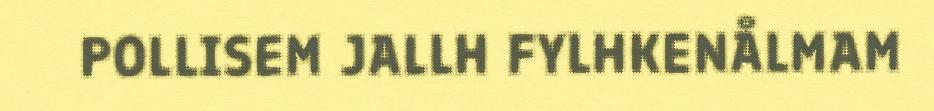
POLLISEM JALLH FYLHKENÅLMAM